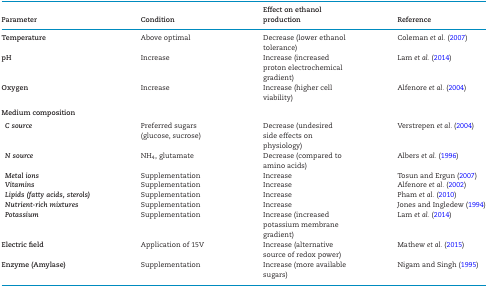
<table><thead><tr><td><b>Parameter</b></td><td><b>Condition</b></td><td><b>Effect on ethanol production</b></td><td><b>Reference</b></td></tr></thead><tbody><tr><td><b>Temperature</b></td><td>Above optimal</td><td>Decrease (lower ethanol tolerance)</td><td>Coleman <i>et al.</i> (2007)</td></tr><tr><td><b>pH</b></td><td>Increase</td><td>Increase (increased proton electrochemical gradient)</td><td>Lam <i>et al.</i> (2014)</td></tr><tr><td><b>Oxygen</b></td><td>Increase</td><td>Increase (higher cell viability)</td><td>Alfenore <i>et al.</i> (2004)</td></tr><tr><td><b>Medium composition</b></td><td></td><td></td><td></td></tr><tr><td> <b><i>C source</i></b></td><td>Preferred sugars (glucose, sucrose)</td><td>Decrease (undesired side effects on physiology)</td><td>Verstrepen <i>et al.</i> (2004)</td></tr><tr><td> <b><i>N source</i></b></td><td>NH<sub>4</sub>, glutamate</td><td>Decrease (compared to amino acids)</td><td>Albers <i>et al.</i> (1996)</td></tr><tr><td> <b><i>Metal ions</i></b></td><td>Supplementation</td><td>Increase</td><td>Tosun and Ergun (2007)</td></tr><tr><td> <b><i>Vitamins</i></b></td><td>Supplementation</td><td>Increase</td><td>Alfenore <i>et al.</i> (2002)</td></tr><tr><td> <b><i>Lipids (fatty acids, sterols)</i></b></td><td>Supplementation</td><td>Increase</td><td>Pham <i>et al.</i> (2010)</td></tr><tr><td> <b><i>Nutrient-rich mixtures</i></b></td><td>Supplementation</td><td>Increase</td><td>Jones and Ingledew (1994)</td></tr><tr><td> <b><i>Potassium</i></b></td><td>Supplementation</td><td>Increase (increased potassium membrane gradient)</td><td>Lam <i>et al.</i> (2014)</td></tr><tr><td><b>Electric field</b></td><td>Application of 15V</td><td>Increase (alternative source of redox power)</td><td>Mathew <i>et al.</i> (2015)</td></tr><tr><td><b>Enzyme (Amylase)</b></td><td>Supplementation</td><td>Increase (more available sugars)</td><td>Nigam and Singh (1995)</td></tr></tbody></table>